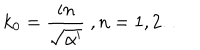
k _ { 0 } = \frac { i n } { \sqrt { \alpha ^ { \prime } } } \ , n = 1 , 2 \dots